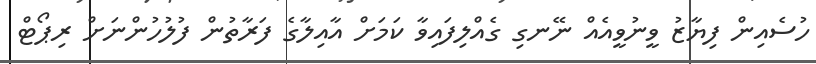
ހުސެއިން ފިޔާޒު ވީނުވީއެއް ނޭނގި ގެއްލިފައިވާ ކަމަށް އާއިލާގެ ފަރާތުން ފުލުހުންނަށް ރިޕޯޓް